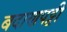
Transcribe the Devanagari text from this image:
बदाणपट्टी